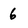
Character: 6